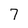
Character: 7